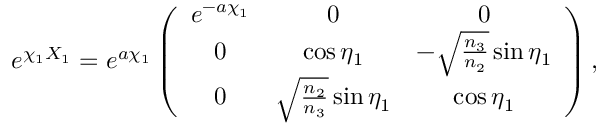
e ^ { \chi _ { 1 } { \cal X } _ { 1 } } = e ^ { a \chi _ { 1 } } \left( \begin{array} { c c c } { { e ^ { - a \chi _ { 1 } } } } & { { 0 } } & { { 0 } } \\ { { 0 } } & { { \cos { \eta _ { 1 } } } } & { { - \sqrt { \frac { n _ { 3 } } { n _ { 2 } } } \sin { \eta _ { 1 } } } } \\ { { 0 } } & { { \sqrt { \frac { n _ { 2 } } { n _ { 3 } } } \sin { \eta _ { 1 } } } } & { { \cos { \eta _ { 1 } } } } \end{array} \right) ,